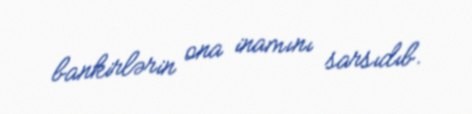
bankirlərin ona inamını sarsıdıb.